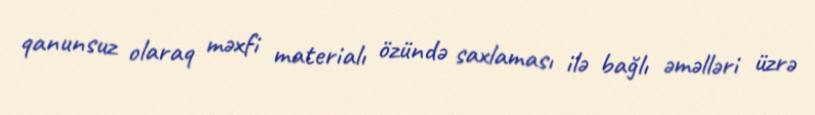
qanunsuz olaraq məxfi materialı özündə saxlaması ilə bağlı əməlləri üzrə